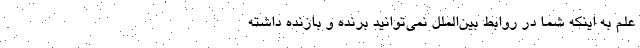
علم به اينكه شما در روابط بين‌الملل نمي‌توانيد برنده و بازنده داشته